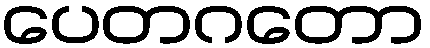
ပေတဂတော